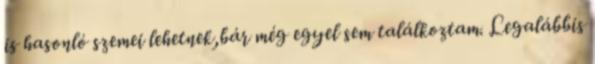
is hasonló szemei lehetnek,bár még egyel sem találkoztam. Legalábbis